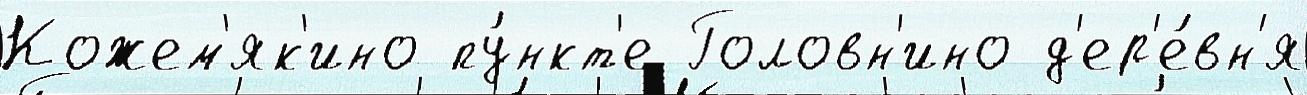
Кожем'як'ино пу́нкт'е Головн'ино д'ер'е́вн'я